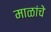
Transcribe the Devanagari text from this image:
माळांचे